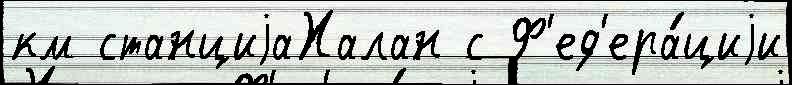
км станциjаХалан с Ф'ед'ера́циjи